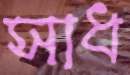
সাধ